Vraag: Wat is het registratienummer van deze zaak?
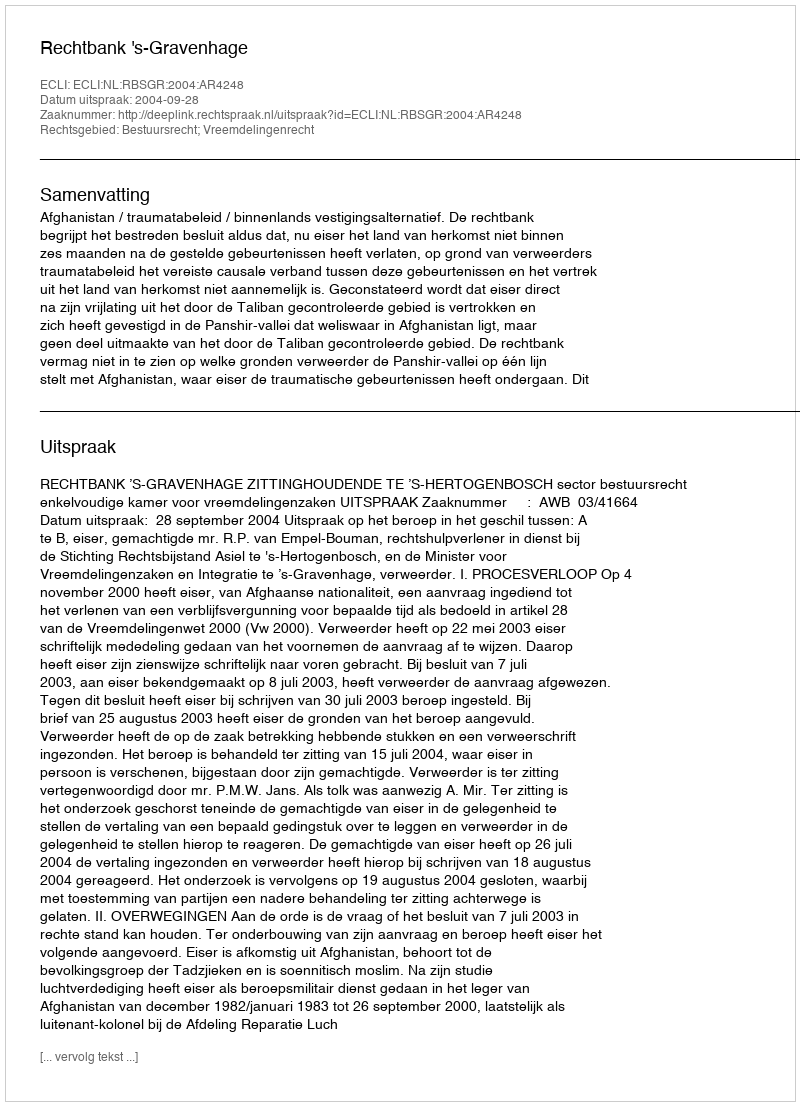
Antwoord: http://deeplink.rechtspraak.nl/uitspraak?id=ECLI:NL:RBSGR:2004:AR4248